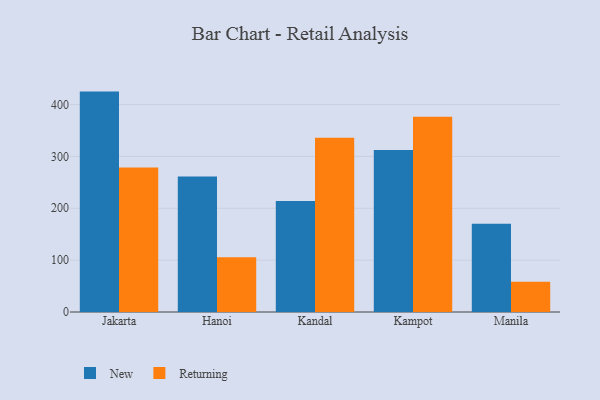
{"axis": {"x": "City", "y": "Latency (ms)"}, "legend": ["New", "Returning"], "data": [{"x": "Jakarta", "y": 424.9, "type": "New"}, {"x": "Jakarta", "y": 278.4, "type": "Returning"}, {"x": "Hanoi", "y": 261.3, "type": "New"}, {"x": "Hanoi", "y": 105.4, "type": "Returning"}, {"x": "Kandal", "y": 214.1, "type": "New"}, {"x": "Kandal", "y": 335.9, "type": "Returning"}, {"x": "Kampot", "y": 312.1, "type": "New"}, {"x": "Kampot", "y": 376.2, "type": "Returning"}, {"x": "Manila", "y": 169.9, "type": "New"}, {"x": "Manila", "y": 58.5, "type": "Returning"}]}